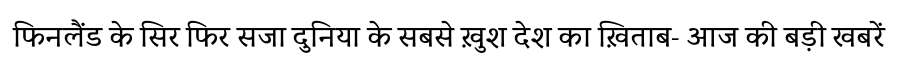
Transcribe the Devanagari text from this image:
फिनलैंड के सिर फिर सजा दुनिया के सबसे ख़ुश देश का ख़िताब- आज की बड़ी खबरें